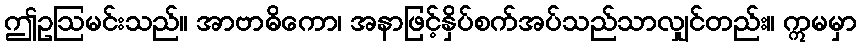
ဤဥဩမင်းသည်။ အာဗာဓိကော၊ အနာဖြင့်နှိပ်စက်အပ်သည်သာလျှင်တည်း။ ဣမမှာ